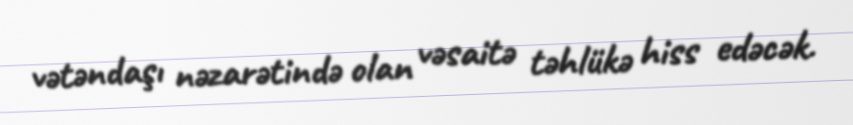
vətəndaşı nəzarətində olan vəsaitə təhlükə hiss edəcək.